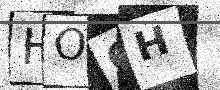
Text: HOCH